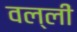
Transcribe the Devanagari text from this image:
वल्लीं